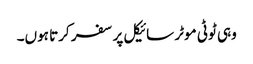
وہی ٹوٹی موٹر سائیکل پر سفر کرتا ہوں۔